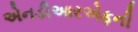
એનડીઆરએફની